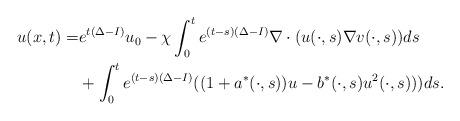
LaTeX: \begin{align*}u(x,t)=& e^{t(\Delta-I)}u_0-\chi\int_{0}^{t}e^{(t-s)(\Delta-I)}\nabla\cdot (u(\cdot,s)\nabla v(\cdot,s))ds\\&+\int_0^t e^{(t-s)(\Delta-I)}((1+a^*(\cdot,s))u-b^*(\cdot,s)u^2(\cdot,s)))ds.\end{align*}